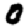
Digit: 0